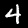
Label: 4